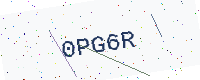
Text: 0PG6R